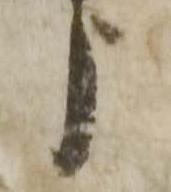
う